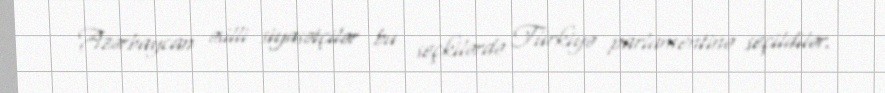
Azərbaycan əsilli siyasətçilər bu seçkilərdə Türkiyə parlamentinə seçildilər.